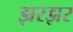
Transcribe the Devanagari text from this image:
झरझर